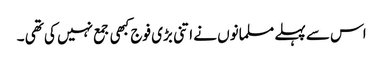
اس سے پہلے مسلمانوں نے اتنی بڑی فوج کبھی جمع نہیں کی تھی ۔